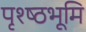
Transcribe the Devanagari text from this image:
पृश्ष्‍ठभूमि